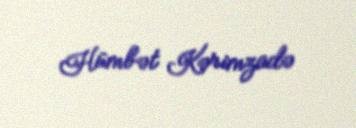
Hümbət Kərimzadə